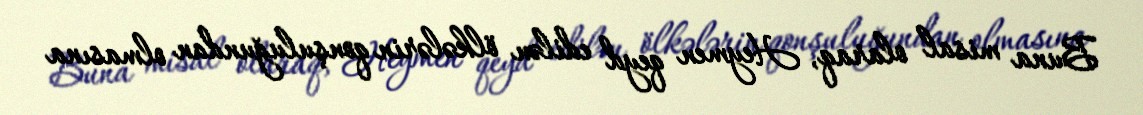
Buna misal olaraq, Heymen qeyd edilən ölkələrin qonşuluğundan olmasına